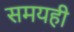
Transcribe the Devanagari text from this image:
समयही